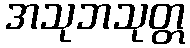
အသုဘသုတ္တ